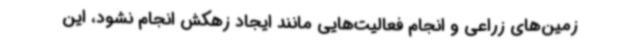
زمین‌های زراعی و انجام فعالیت‌هایی مانند ایجاد زهکش انجام نشود، این